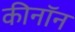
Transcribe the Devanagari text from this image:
कीनॉन